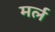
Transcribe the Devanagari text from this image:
मर्ल